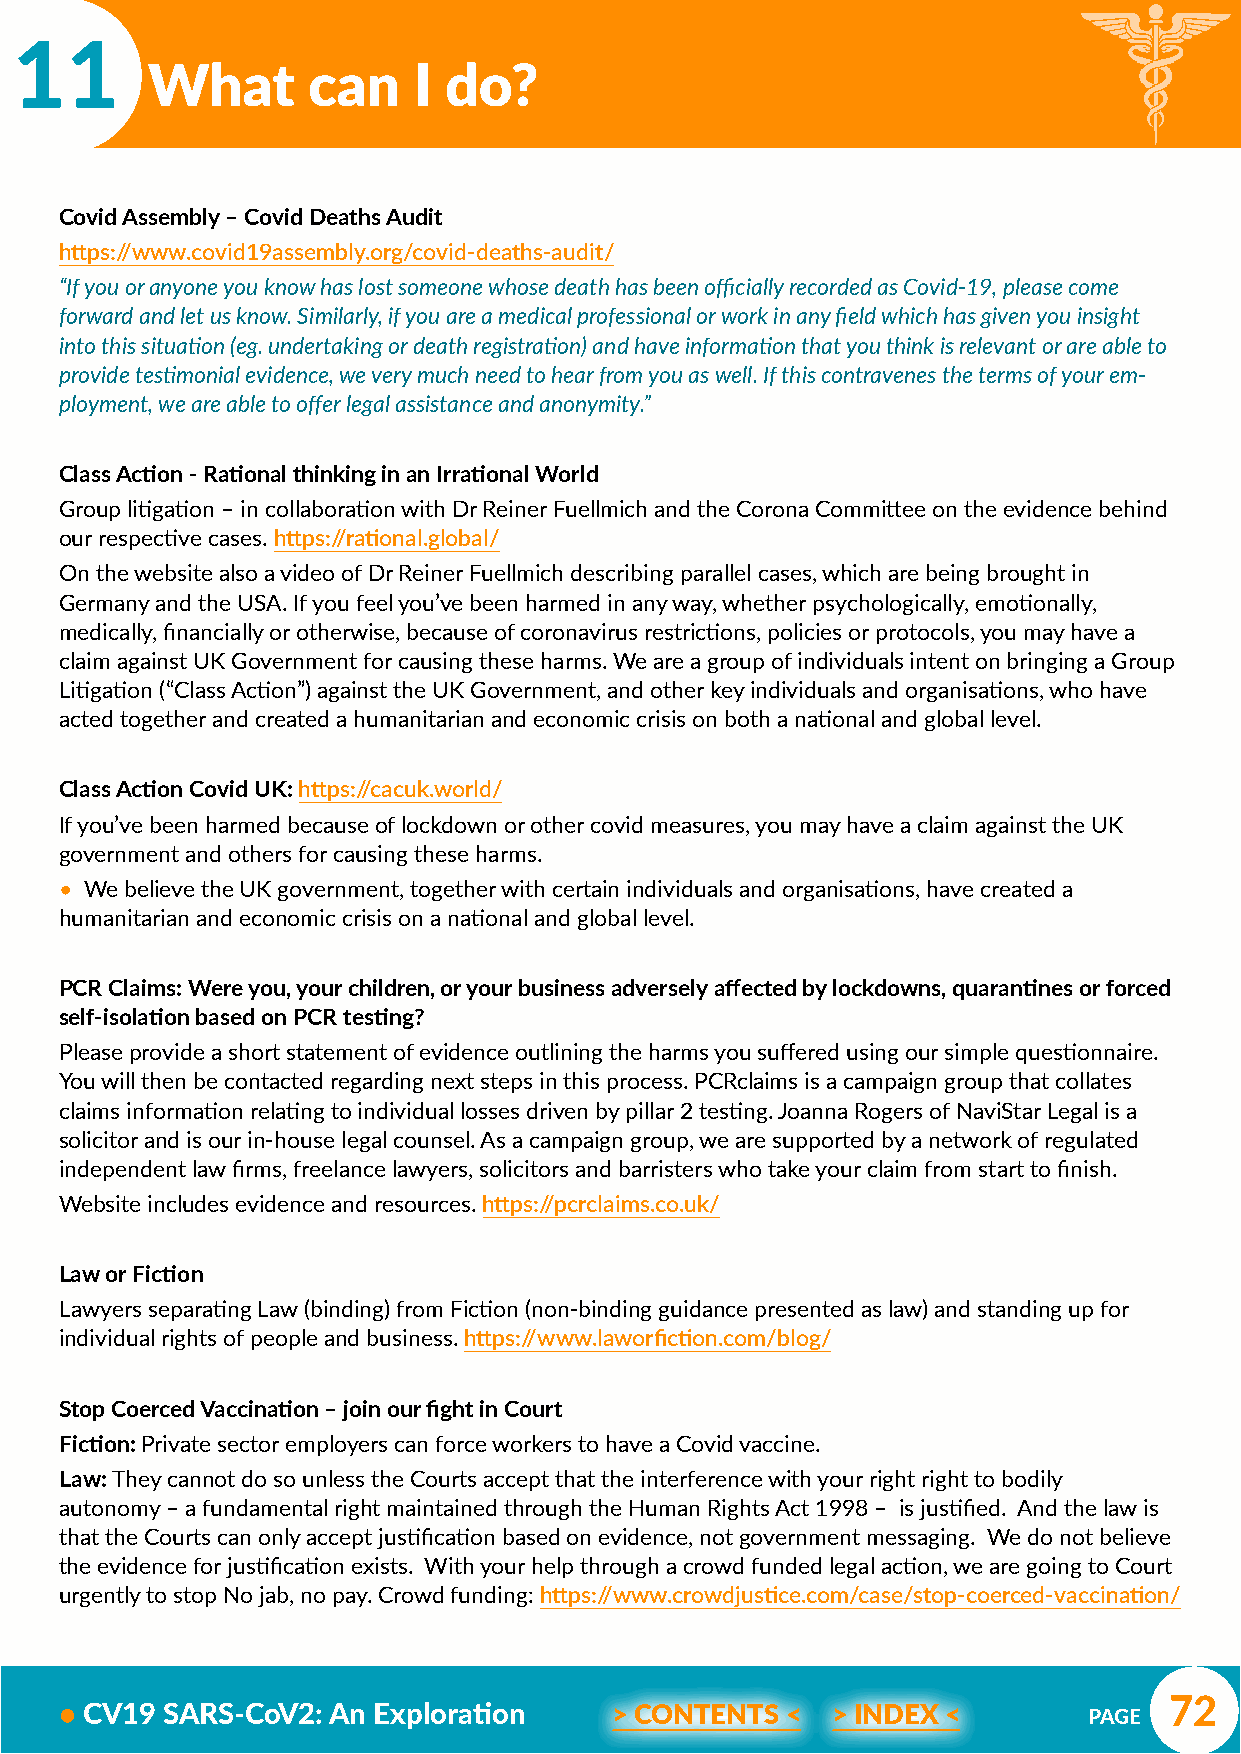
11
 What      can    I do?
 Covid Assembly – Covid Deaths Audit
 https://www.covid19assembly.org/covid-deaths-audit/
 “If you or anyone you know has lost someone whose death has been officially recorded as Covid-19, please come
 forward and let us know. Similarly, if you are a medical professional or work in any field which has given you insight
 into this situation (eg. undertaking or death registration) and have information that you think is relevant or are able to
 provide testimonial evidence, we very much need to hear from you as well. If this contravenes the terms of your em-
 ployment, we are able to offer legal assistance and anonymity.”
 Class Action - Rational thinking in an Irrational World
 Group litigation – in collaboration with Dr Reiner Fuellmich and the Corona Committee on the evidence behind
 our respective cases. https://rational.global/
 On the website also a video of Dr Reiner Fuellmich describing parallel cases, which are being brought in
 Germany and the USA. If you feel you’ve been harmed in any way, whether psychologically, emotionally,
 medically, financially or otherwise, because of coronavirus restrictions, policies or protocols, you may have a
 claim against UK Government for causing these harms. We are a group of individuals intent on bringing a Group
 Litigation (“Class Action”) against the UK Government, and other key individuals and organisations, who have
 acted together and created a humanitarian and economic crisis on both a national and global level.
 Class Action Covid UK: https://cacuk.world/
 If you’ve been harmed because of lockdown or other covid measures, you may have a claim against the UK
 government and others for causing these harms.
 • We believe the UK government, together with certain individuals and organisations, have created a
 humanitarian and economic crisis on a national and global level.
 PCR Claims: Were you, your children, or your business adversely affected by lockdowns, quarantines or forced
 self-isolation based on PCR testing?
 Please provide a short statement of evidence outlining the harms you suffered using our simple questionnaire.
 You will then be contacted regarding next steps in this process. PCRclaims is a campaign group that collates
 claims information relating to individual losses driven by pillar 2 testing. Joanna Rogers of NaviStar Legal is a
 solicitor and is our in-house legal counsel. As a campaign group, we are supported by a network of regulated
 independent law firms, freelance lawyers, solicitors and barristers who take your claim from start to finish.
 Website includes evidence and resources. https://pcrclaims.co.uk/
 Law or Fiction
 Lawyers separating Law (binding) from Fiction (non-binding guidance presented as law) and standing up for
 individual rights of people and business. https://www.laworfiction.com/blog/
 Stop Coerced Vaccination – join our fight in Court
 Fiction: Private sector employers can force workers to have a Covid vaccine.
 Law: They cannot do so unless the Courts accept that the interference with your right right to bodily
 autonomy – a fundamental right maintained through the Human Rights Act 1998 – is justified. And the law is
 that the Courts can only accept justification based on evidence, not government messaging. We do not believe
 the evidence for justification exists. With your help through a crowd funded legal action, we are going to Court
 urgently to stop No jab, no pay. Crowd funding: https://www.crowdjustice.com/case/stop-coerced-vaccination/
 72
 • CV19 SARS-CoV2: An Exploration     > CONTENTS <  > INDEX <        PAGE